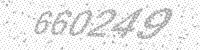
Solution: 660249